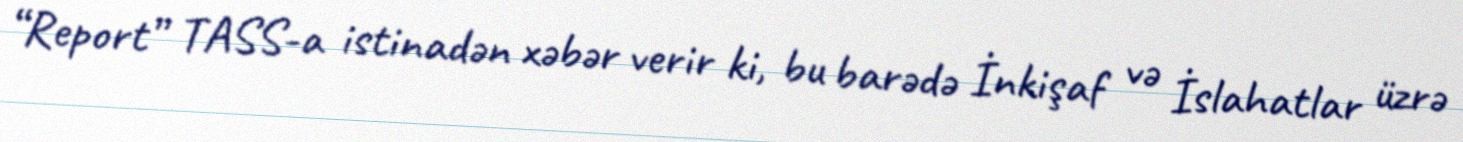
“Report” TASS-a istinadən xəbər verir ki, bu barədə İnkişaf və İslahatlar üzrə